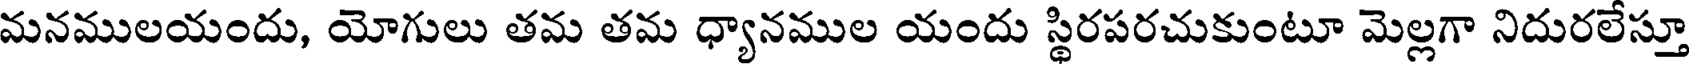
మనములయందు, యోగులు తమ తమ ధ్యానముల యందు స్థిరపరచుకుంటూ మెల్లగా నిదురలేస్తూ